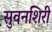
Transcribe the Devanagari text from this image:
सुवनशिरी